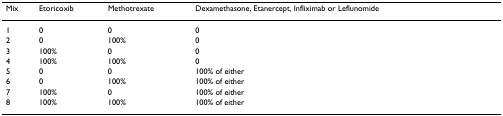
| Mix | Etoricoxib | Methotrexate | Dexamethasone, Etanercept, Infliximab or Leflunomide |
 | --- | --- | --- | --- |
 | 1 | 0 | 0 | 0 |
 | 2 | 0 | 100% | 0 |
 | 3 | 100% | 0 | 0 |
 | 4 | 100% | 100% | 0 |
 | 5 | 0 | 0 | 100% of either |
 | 6 | 0 | 100% | 100% of either |
 | 7 | 100% | 0 | 100% of either |
 | 8 | 100% | 100% | 100% of either |